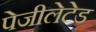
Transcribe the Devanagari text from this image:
पेजीलेटेड